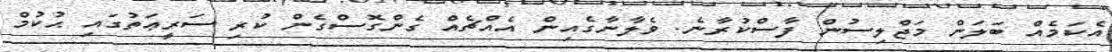
އެކަމެއް ބަލަން މަޖްލިސުން ފާސްކުރާނެ. ވެލާނާގެއިން އެއްޗެއް ގެންގޮސްގެން ކުރި ސަރީޢަތުގައި ޙުކުމް